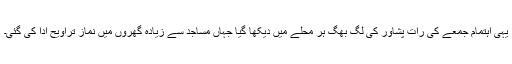
یہی اہتمام جمعے کی رات پشاور کی لگ بھگ ہر محلے میں دیکھا گیا جہاں مساجد سے زیادہ گھروں میں نماز تراویح ادا کی گئی۔